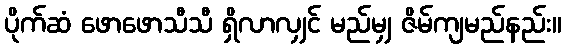
ပိုက်ဆံ ဖောဖောသီသီ ရှိလာလျှင် မည်မျှ ဇိမ်ကျမည်နည်း။